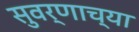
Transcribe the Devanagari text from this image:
सुवर्णाच्या